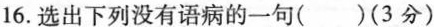
16.选出下列没有语病的一句（ ）（3分）